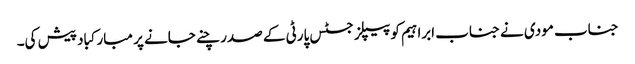
جناب مودی نے جناب ابراہیم کو پیپلز جسٹس پارٹی کے صدر چنے جانے پر مبارکباد پیش کی۔